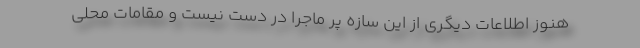
هنوز اطلاعات دیگری از این سازه پر ماجرا در دست نیست و مقامات محلی